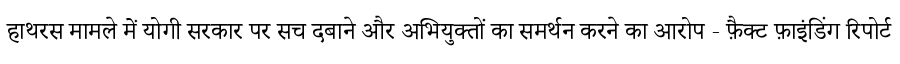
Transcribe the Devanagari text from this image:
हाथरस मामले में योगी सरकार पर सच दबाने और अभियुक्तों का समर्थन करने का आरोप - फ़ैक्ट फ़ाइंडिंग रिपोर्ट